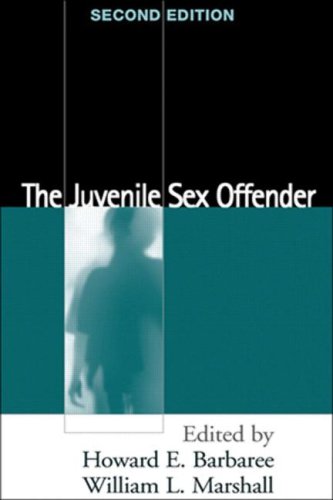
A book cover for The Juvenile Sex Offender, Second Edition; Medical Books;